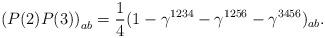
LaTeX: \begin{align*}\left(P(2)P(3)\right)_{ab}=\frac{1}{4}(1-\gamma^{1234}-\gamma^{1256} - \gamma^{3456})_{ab}.\end{align*}